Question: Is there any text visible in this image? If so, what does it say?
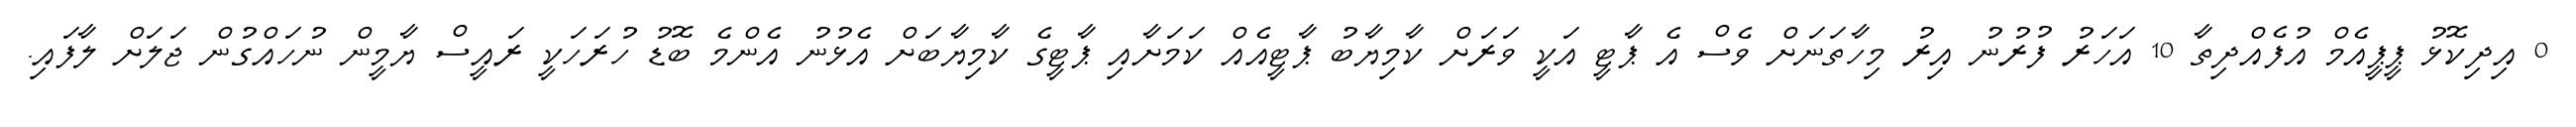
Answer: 0 އިދިކޮޅު ޕީޕީއެމް އުފެއްދިތާ 10 އަހަރު ފުރުނު އިރު މިހާތަނަށް ވެސް އެ ޕާޓީ އަކީ ވަރަށް ކާމިޔާބު ޕާޓީއެއް ކަމަށާއި ޕާޓީގެ ކާމިޔާބަށް އެޅުނު އެންމެ ބޮޑު ހުރަހަކީ ރައީސް ޔާމީން ނުހައްގުން ޖަލަށް ލާފައި.